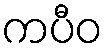
ကပီဝ